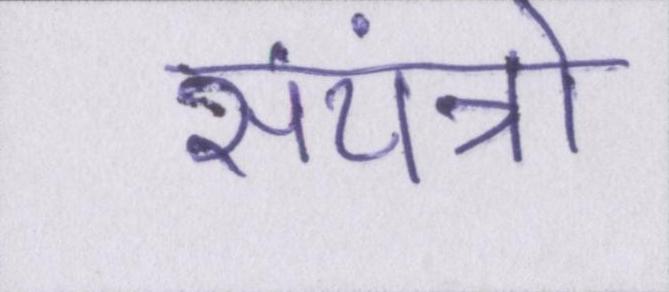
संयंत्रों